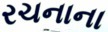
રચનાના